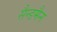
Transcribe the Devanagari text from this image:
सैन्डमैन